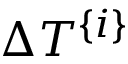
\Delta T ^ { \{ i \} }